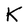
Character: K